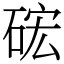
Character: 硡